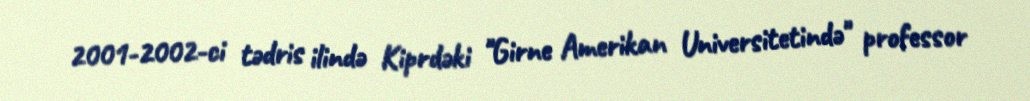
2001-2002-ci tədris ilində Kiprdəki "Girne Amerikan Universitetində" professor